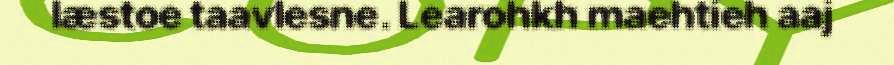
læstoe taavlesne. Learohkh maehtieh aaj